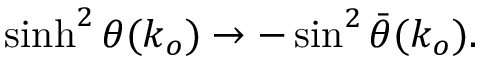
\sinh ^ { 2 } \theta ( k _ { o } ) \rightarrow - \sin ^ { 2 } \bar { \theta } ( k _ { o } ) .